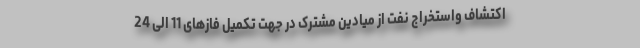
اکتشاف واستخراج نفت از میادین مشترک در جهت تکمیل فازهای 11 الی 24